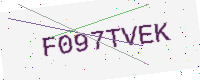
Text: F097TVEK